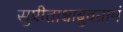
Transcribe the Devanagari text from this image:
सुप्रीताश्चाब्रुवन्रामं